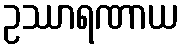
ဥဿာရဏာယ